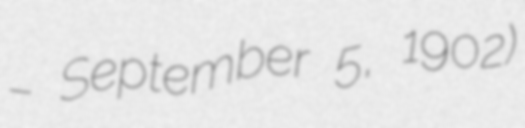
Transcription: – September 5, 1902)